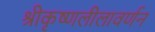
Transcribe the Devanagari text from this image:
श्रीकृष्णलीलावर्णन